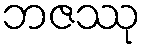
ဘဇဿု